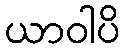
ယာဝါပိ